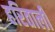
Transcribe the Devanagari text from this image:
हरिताली